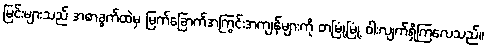
မြင်းများသည် အစာခွက်ထဲမှ မြက်ခြောက်အကြွင်းအကျန်များကို တမြုံ့မြုံ့ ဝါးလျက်ရှိကြလေသည်။